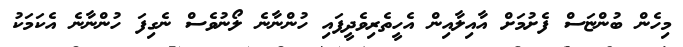
މިހެން ބުންޏަސް ފެށުމަށް އާއިލާއިން އެހީތެރިވެދީފައި ހުންނާނެ ލޯނުވެސް ނެގިފަ ހުންނާނެ އެކަމަކު